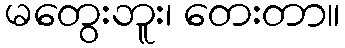
မတွေးဘူး၊ တေးတာ။